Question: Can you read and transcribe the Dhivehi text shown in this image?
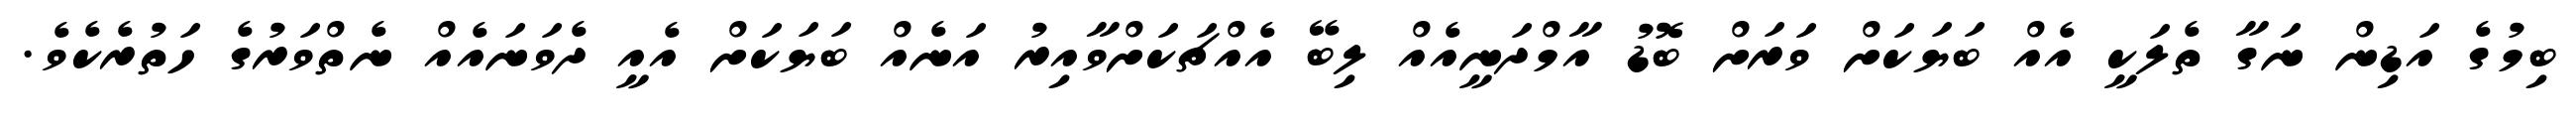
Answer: ބިމުގެ އަޑިން ނަގާ ތެލަކީ އެއް ބަޔަކަށް ވަރަށް ބޮޑު އާމްދަނީއެއް ލިބޭ އެއްޗަކަށްވާއިރު އަނެއް ބަޔަކަށް އެއީ ދެވަނައެއް ނެތްވަރުގެ ހަތުރެކެވެ.